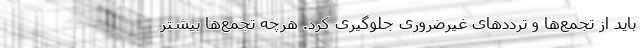
باید از تجمع‌ها و ترددهای غیرضروری جلوگیری کرد. هرچه تجمع‌ها بیشتر